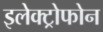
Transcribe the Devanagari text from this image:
इलेक्ट्रोफोन